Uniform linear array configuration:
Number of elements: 48
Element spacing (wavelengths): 0.25
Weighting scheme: blackman
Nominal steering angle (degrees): -15
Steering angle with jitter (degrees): -13.118
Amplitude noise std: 0.05
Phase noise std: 0.05

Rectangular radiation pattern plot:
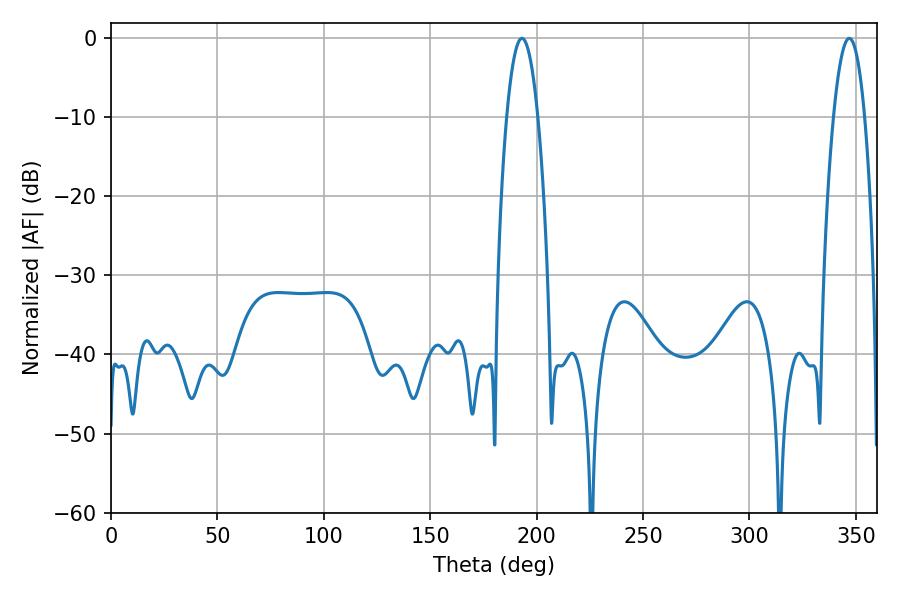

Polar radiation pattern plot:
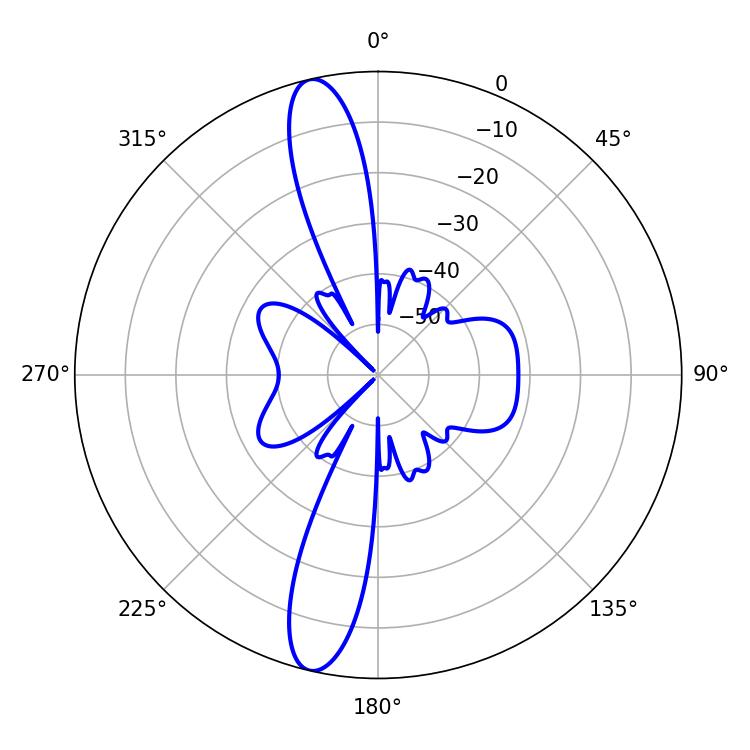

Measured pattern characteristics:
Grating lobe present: FALSE
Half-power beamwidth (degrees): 7.92
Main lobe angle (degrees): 193.14